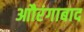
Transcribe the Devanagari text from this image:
आौरंगाबाद